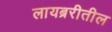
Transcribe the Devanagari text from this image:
लायब्ररीतील